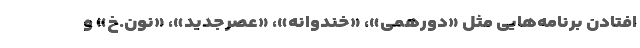
افتادن برنامه‌هایی مثل «دورهمی»، «خندوانه»، «عصرجدید»، «نون.خ» و